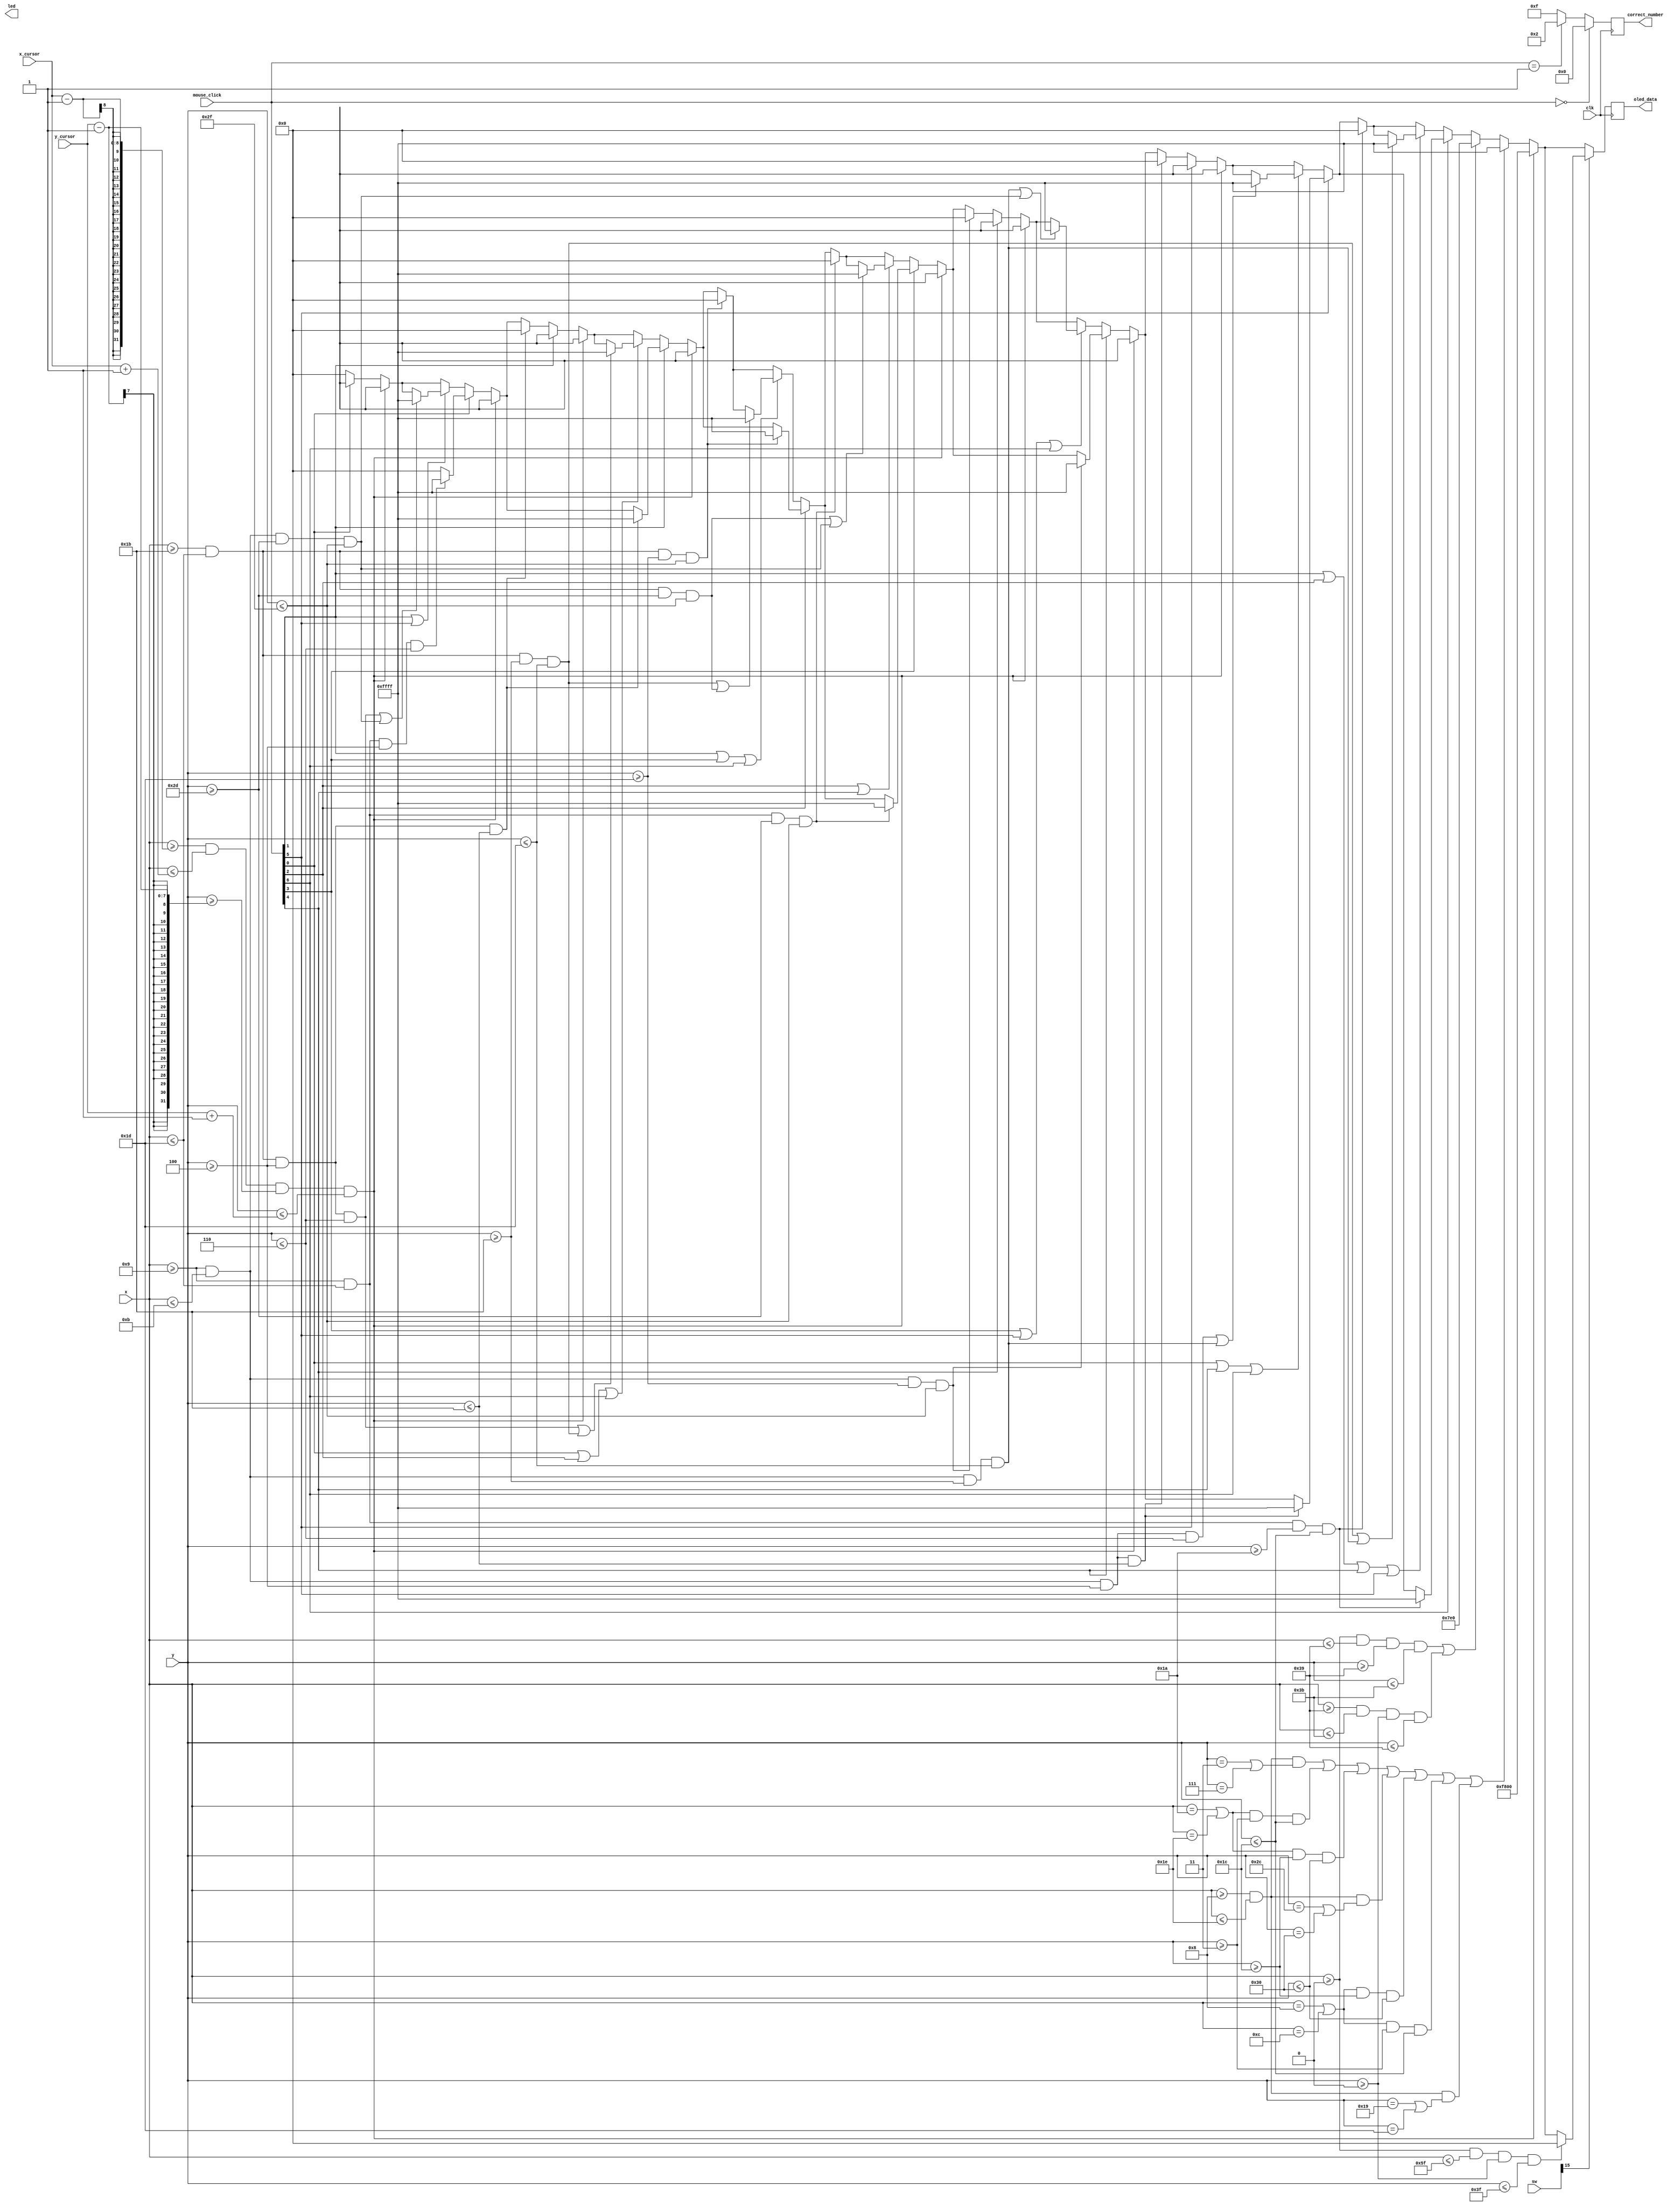
`timescale 1ns / 1ps

// recreate the project to incorporate the mouse thing

module oled_program(
    input clk,             
    input [6:0] x,         
    input [5:0] y, 
    input [15:0] sw,
    input [6:0] mouse_click, 
    input [7:0] x_cursor,
    input [6:0] y_cursor,
    output reg [15:0]led,       
    output reg [15:0]oled_data,
    output reg [3:0]correct_number
    );
    integer i;
        
    wire entire_screen;
    assign entire_screen = (x>=0 && x <=95 && y>=0 && y <=63);
    
    wire border_horizontal, border_vertical, border;
    assign border_horizontal = (x>=0&&x<=57&&y>=57&&y<=59); // horizontal line
    assign border_vertical = (x>=57&&x<=59&&y>=0&&y<=57); // vertical line
    assign border = border_horizontal || border_vertical;
   
    wire [6:0] oled_seg;
    // segments are differ from outline by 1 pixel to prevent overlap
    assign oled_seg[0] = (x>=9&&x<=29&&y>=4&&y<=6);
    assign oled_seg[1] = (x>=27&&x<=29&&y>=4&&y<=27);
    assign oled_seg[2] = (x>=27&&x<=29&&y>=29&&y<=47);
    assign oled_seg[3] = (x>=9&&x<=29&&y>=45&&y<=47);
    assign oled_seg[4] = (x>=9&&x<=11&&y>=29&&y<=47);
    assign oled_seg[5] = (x>=9&&x<=11&&y>=4&&y<=27);
    assign oled_seg[6] = (x>=9&&x<=29&&y>=26&&y<=28);
    
    wire [5:0] squares;
    assign squares[0] = (x>=27&&x<=29&&y>=4&&y<=6);
    assign squares[1] = (x>=27&&x<=29&&y>=27&&y<=29);
    assign squares[2] = (x>=27&&x<=29&&y>=45&&y<=47);
    assign squares[3] = (x>=9&&x<=11&&y>=4&&y<=6);
    assign squares[4] = (x>=9&&x<=11&&y>=27&&y<=29);
    assign squares[5] = (x>=9&&x<=11&&y>=45&&y<=47);
    
    // 7-segment outlines (hard-coded)
    wire [6:0] oled_seg_outline;
    assign oled_seg_outline[0] = (x>=8&&x<=30&&(y==3||y==7));
    assign oled_seg_outline[1] = ((x==26||x==30)&&y>=3&&y<=28);
    assign oled_seg_outline[2] = ((x==26||x==30)&&y>=28&&y<=48);
    assign oled_seg_outline[3] = (x>=8&&x<=30&&(y==44||y==48));
    assign oled_seg_outline[4] = ((x==8||x==12)&&y>=28&&y<=48);
    assign oled_seg_outline[5] = ((x==8||x==12)&&y>=3&&y<=28);
    assign oled_seg_outline[6] = (x>=8&&x<=30&&(y==25||y==29));   
    wire oled_seg_outline_combined;
    assign oled_seg_outline_combined = oled_seg_outline[0] || oled_seg_outline[1] || oled_seg_outline[2] || oled_seg_outline[3] || oled_seg_outline[4] || oled_seg_outline[5] || oled_seg_outline[6];
     
    // numbers in 7-bit format to compare with mouse_click
    wire num0, num1, num2, num3, num4, num5, num6, num7, num8, num9;
    assign num0 = 7'b0;
    assign num1 = 7'b0000110;
    assign num2 = 7'b1011011;
    assign num3 = 7'b1001111;
    assign num4 = 7'b1100110;
    assign num5 = 7'b1101101;
    assign num6 = 7'b1111101;
    assign num7 = 7'b0000111;
    assign num8 = 7'b1111111;
    assign num9 = 7'b1100111;
       
    // assign colours for the oled screen
    wire [15:0] green, white, black, red;
    assign green = 16'b00000_111111_00000;
    assign red = 16'b11111_000000_00000;
    assign black = 16'b00000_000000_00000;
    assign white = 16'b11111_111111_11111;
    
    always @ (posedge clk) begin
        oled_data = black;        
        
        if(x>=x_cursor-1 && x<=x_cursor+1 && y >= y_cursor-1 && y <= y_cursor+1) begin
          oled_data = 16'b11111_000000_00000;
//           if (x >= x_cursor-1 && x <= x_cursor+1 && y-1 == y_cursor) begin
//               // top row of the 3x3 cursor
//             oled_data = 16'b11111_000000_00000;
//            end
//            else if (x >= x_cursor-1 && x <= x_cursor+1 && y+1 == y_cursor) begin
//               // bottom row of the 3x3 cursor
//             oled_data = 16'b11111_000000_00000;
//            end
//            else if (x-1 == x_cursor && y >= y_cursor-1 && y <= y_cursor+1) begin
//               // left column of the 3x3 cursor
//             oled_data = 16'b11111_000000_00000;
//            end
//            else if (x+1 == x_cursor && y >= y_cursor-1 && y <= y_cursor+1) begin
//               // right column of the 3x3 cursor
//             oled_data = 16'b11111_000000_00000;
//            end
        end 
          
      else begin
        for(i = 0; i < 7; i = i+1) begin    
            if(mouse_click[i] == 0) begin
                if(oled_seg[i]) begin
                    oled_data = black;
                end
                case(i)
                    0: if(mouse_click[1] == 1 || mouse_click[5] == 1) begin if(squares[0] || squares[5]) begin oled_data = white; end end
                    1: if(mouse_click[0] == 1 || mouse_click[2] == 1 || mouse_click[6] == 1) begin if (squares[0] || squares[1]) begin oled_data = white; end end
                    2: if(mouse_click[1] == 1 || mouse_click[3] == 1 || mouse_click[6] == 1) begin if(squares[1] || squares[2]) begin oled_data = white; end end
                    3: if(mouse_click[2] == 1 || mouse_click[4] == 1) begin if(squares[2] || squares[5]) begin oled_data = white; end end
                    4: if(mouse_click[3] == 1 || mouse_click[5] == 1 || mouse_click[6] == 1) begin if(squares[4] || squares[5]) begin oled_data = white; end end
                    5: if(mouse_click[0] == 1 || mouse_click[4] == 1 || mouse_click[6] == 1) begin if(squares[3] || squares[4]) begin oled_data = white; end end
                    6: if(mouse_click[1] == 1 || mouse_click[2] == 1 || mouse_click[4] == 1 || mouse_click[5] == 1) begin if(squares[1] || squares[4]) begin oled_data = white; end end
                endcase
            end
            else if (mouse_click[i] == 1) begin
                if(oled_seg[i]) begin
                    oled_data = white;
                end
            end  
        end
        // border will always be turned on
        if (border) begin // border on
           oled_data = green;
        end
        // oled_seg outline will always be turned on
        if(oled_seg_outline_combined) begin
           oled_data = white;
        end
      end
        // check correct number, return the number
        case(mouse_click) 
            num0: correct_number = 4'b0000;
            num1: correct_number = 4'b0001;
            num2: correct_number = 4'b0010;
            num3: correct_number = 4'b0011;
            num4: correct_number = 4'b0100;
            num5: correct_number = 4'b0101;
            num6: correct_number = 4'b0110;
            num7: correct_number = 4'b0111;
            num8: correct_number = 4'b1000;
            num9: correct_number = 4'b1001;
            default: correct_number = 4'b1111;
        endcase
                
       
        if(sw[15] == 1) begin // set switch 15 as the reset switch
            if (entire_screen) begin
             oled_data = black;
            end
        end  
    end // always @
endmodule